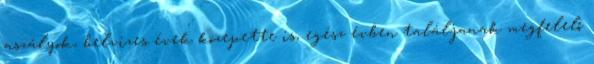
aszályok, belvizes évek közepette is, egész évben találjanak megfelelő